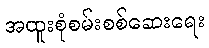
အထူးစုံစမ်းစစ်ဆေးရေး